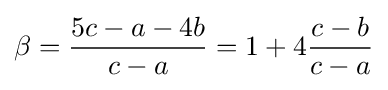
\beta ={\frac {5c-a-4b}{c-a}}=1+4{\frac {c-b}{c-a}}